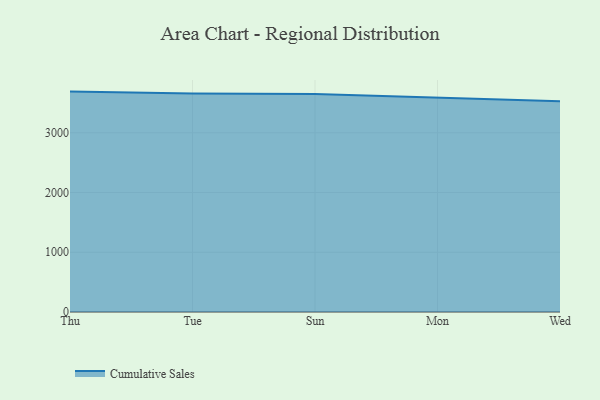
{"axis": {"x": "Day", "y": "Demand Index"}, "legend": ["Cumulative Sales"], "data": [{"x": "Thu", "y": 3688.7, "type": "Cumulative Sales"}, {"x": "Tue", "y": 3658.5, "type": "Cumulative Sales"}, {"x": "Sun", "y": 3646.5, "type": "Cumulative Sales"}, {"x": "Mon", "y": 3586.3, "type": "Cumulative Sales"}, {"x": "Wed", "y": 3527.5, "type": "Cumulative Sales"}]}